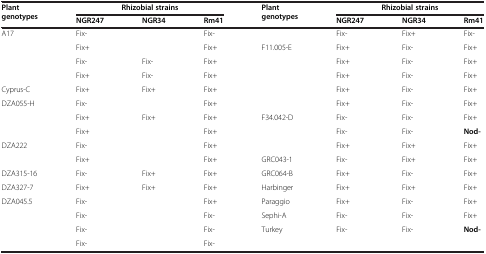
<table><thead><tr><td rowspan="2"><b>Plant genotypes</b></td><td colspan="3"><b>Rhizobial strains</b></td><td rowspan="2"><b>Plant genotypes</b></td><td colspan="3"><b>Rhizobial strains</b></td></tr><tr><td><b>NGR247</b></td><td><b>NGR34</b></td><td><b>Rm41</b></td><td><b>NGR247</b></td><td><b>NGR34</b></td><td><b>Rm41</b></td></tr></thead><tbody><tr><td>A17</td><td>Fix-</td><td>[EMPTY_CELL]</td><td>Fix-</td><td>[EMPTY_CELL]</td><td>Fix-</td><td>Fix+</td><td>Fix-</td></tr><tr><td>[EMPTY_CELL]</td><td>Fix+</td><td>[EMPTY_CELL]</td><td>Fix+</td><td>F11.005-E</td><td>Fix+</td><td>Fix-</td><td>Fix+</td></tr><tr><td>[EMPTY_CELL]</td><td>Fix-</td><td>Fix-</td><td>Fix+</td><td>[EMPTY_CELL]</td><td>Fix+</td><td>Fix-</td><td>Fix+</td></tr><tr><td>[EMPTY_CELL]</td><td>Fix+</td><td>Fix-</td><td>Fix+</td><td>[EMPTY_CELL]</td><td>Fix+</td><td>Fix-</td><td>Fix+</td></tr><tr><td>Cyprus-C</td><td>Fix+</td><td>Fix+</td><td>Fix+</td><td>[EMPTY_CELL]</td><td>Fix+</td><td>Fix-</td><td>Fix+</td></tr><tr><td>DZA055-H</td><td>Fix-</td><td>[EMPTY_CELL]</td><td>Fix+</td><td>[EMPTY_CELL]</td><td>Fix+</td><td>Fix-</td><td>Fix+</td></tr><tr><td>[EMPTY_CELL]</td><td>Fix+</td><td>Fix+</td><td>Fix+</td><td>F34.042-D</td><td>Fix-</td><td>Fix-</td><td>Fix+</td></tr><tr><td>[EMPTY_CELL]</td><td>Fix+</td><td>[EMPTY_CELL]</td><td>Fix+</td><td>[EMPTY_CELL]</td><td>Fix-</td><td>Fix-</td><td><b>Nod-</b></td></tr><tr><td>DZA222</td><td>Fix-</td><td>[EMPTY_CELL]</td><td>Fix+</td><td>[EMPTY_CELL]</td><td>Fix+</td><td>Fix+</td><td>Fix+</td></tr><tr><td>[EMPTY_CELL]</td><td>Fix+</td><td>[EMPTY_CELL]</td><td>Fix+</td><td>GRC043-1</td><td>Fix-</td><td>Fix+</td><td>Fix+</td></tr><tr><td>DZA315-16</td><td>Fix-</td><td>Fix+</td><td>Fix+</td><td>GRC064-B</td><td>Fix+</td><td>Fix-</td><td>Fix+</td></tr><tr><td>DZA327-7</td><td>Fix+</td><td>Fix+</td><td>Fix+</td><td>Harbinger</td><td>Fix+</td><td>Fix+</td><td>Fix+</td></tr><tr><td>DZA045.5</td><td>Fix-</td><td>[EMPTY_CELL]</td><td>Fix+</td><td>Paraggio</td><td>Fix+</td><td>Fix-</td><td>Fix+</td></tr><tr><td>[EMPTY_CELL]</td><td>Fix-</td><td>[EMPTY_CELL]</td><td>Fix-</td><td>Sephi-A</td><td>Fix-</td><td>Fix-</td><td>Fix+</td></tr><tr><td>[EMPTY_CELL]</td><td>Fix-</td><td>[EMPTY_CELL]</td><td>Fix-</td><td>Turkey</td><td>Fix-</td><td>Fix-</td><td><b>Nod-</b></td></tr><tr><td>[EMPTY_CELL]</td><td>Fix-</td><td>[EMPTY_CELL]</td><td>Fix-</td><td>[EMPTY_CELL]</td><td>[EMPTY_CELL]</td><td>[EMPTY_CELL]</td><td>[EMPTY_CELL]</td></tr></tbody></table>